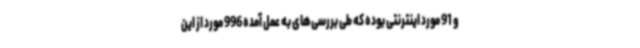
و 91 مورد اینترنتی بوده که طی بررسی‌های به عمل آمده 996 مورد از این